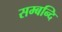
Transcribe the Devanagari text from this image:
सम्बन्दि